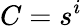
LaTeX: C=s^{i}